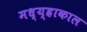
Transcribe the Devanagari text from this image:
मध्य्ह्राकाल